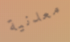
معدنية